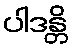
ပါဒန္တိ